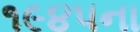
૧૯૪૫ના